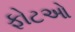
ફોટઓ